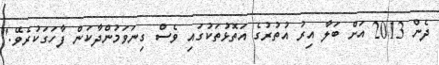
ދެން 2013 އަށް ބަލާ އިރު އުތުރުގެ އަތޮޅުތަކުގައި ވެސް ގިނަވަމުންދާކަން ފާހަގަކުރެވޭ."